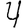
Digit: 4